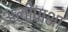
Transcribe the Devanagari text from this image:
अलीपाशा